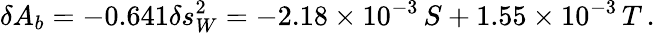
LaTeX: \delta A_{b}=-0.641\delta s_{W}^{2}=-2.18\times 10^{-3}\, S+1.55\times 10^{-3}\, T\, .